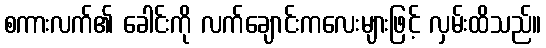
စကားလက်၏ ခေါင်းကို လက်ချောင်းကလေးများဖြင့် လှမ်းထိသည်။